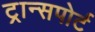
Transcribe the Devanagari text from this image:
ट्रान्‍सपोर्ट